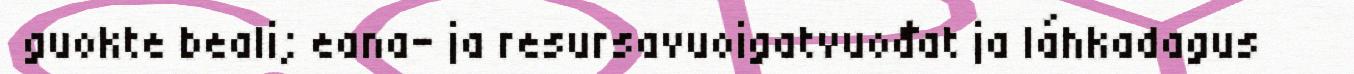
guokte beali; eana- ja resursavuoigatvuođat ja láhkadagus